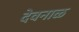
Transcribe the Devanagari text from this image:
देवनाळ